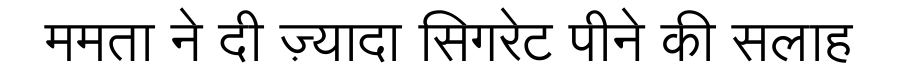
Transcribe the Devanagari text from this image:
ममता ने दी ज़्यादा सिगरेट पीने की सलाह